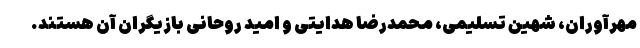
مهرآوران، شهین تسلیمی، محمدرضا هدایتی و امید روحانی بازیگران آن هستند.